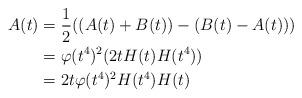
LaTeX: \begin{align*} A(t) &= \frac{1}{2}((A(t)+B(t))-(B(t)-A(t)))\\ &= \varphi(t^4)^2(2tH(t)H(t^4))\\ &= 2t\varphi(t^4)^2H(t^4)H(t)\end{align*}